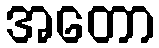
အတော